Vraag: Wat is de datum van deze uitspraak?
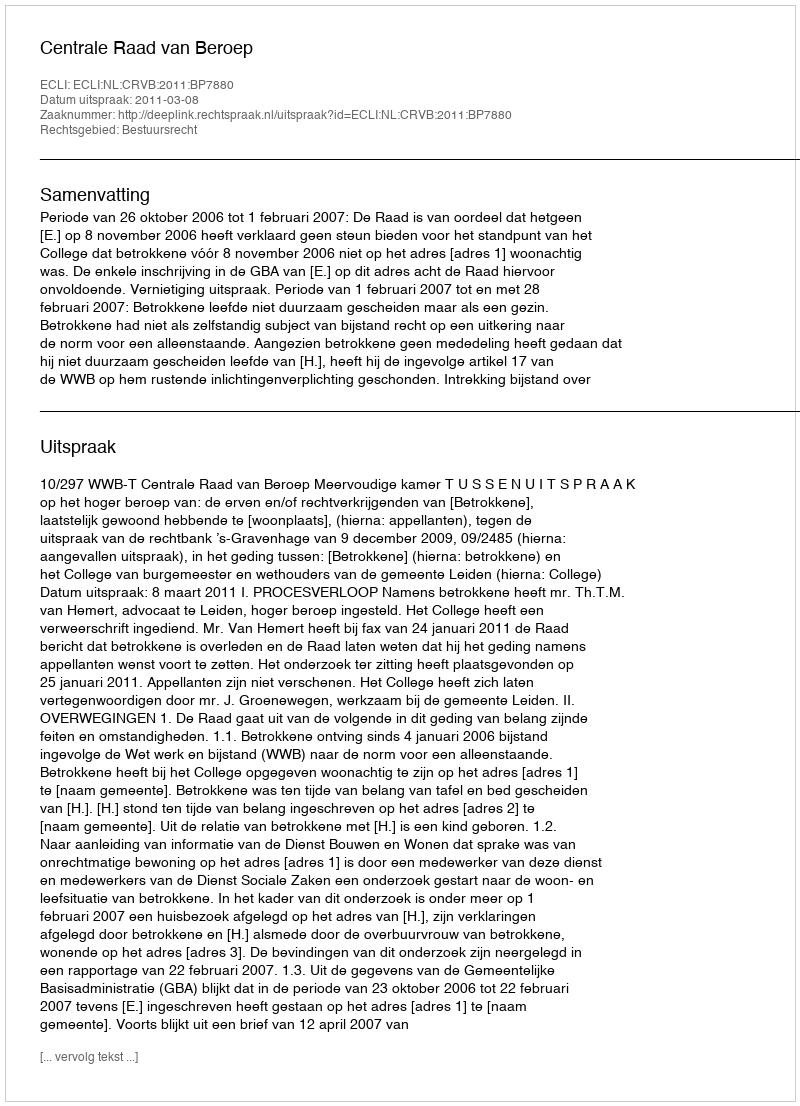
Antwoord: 2011-03-08